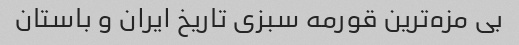
بی مزه‌ترین قورمه سبزی تاریخ ایران و باستان